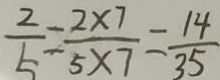
\frac { 2 } { 5 } = \frac { 2 \times 7 } { 5 \times 7 } = \frac { 1 4 } { 3 5 }